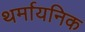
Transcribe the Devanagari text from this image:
थर्मायनिक